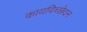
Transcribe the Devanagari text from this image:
कायविच्छेदन